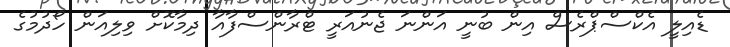
ޑެއިލީ އެކްސްޕްރެސް އިން ބުނީ އަންނަ ޖެނުއަރީ ޓްރާންސްފާއާ ދިމާކޮށް ވިލިއަން ހޯދުމުގެ